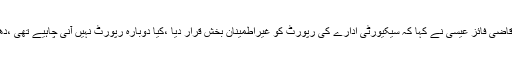
بدھ کو سپریم کورٹ میں فیض آباد دھرنا کیس کی سماعت کے دوران جسٹس قاضی فائز عیسیٰ نے کہا کہ سیکیورٹی ادارے کی رپورٹ کو غیراطمینان بخش قرار دیا ،کیا دوبارہ رپورٹ نہیں آنی چاہیے تھی ،دھرنے والوں نے ملک کاکروڑوں کانقصان کیا، ایسے لوگ ہمارے چہیتے ہیں۔